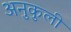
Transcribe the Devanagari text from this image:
अनुकुली